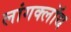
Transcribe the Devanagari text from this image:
लांगक्लॉथ